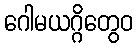
ဂေါမယဂ္ဂိတွေဝ